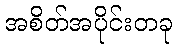
အစိတ်အပိုင်းတခု